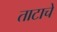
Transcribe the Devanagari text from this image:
ताटाचे